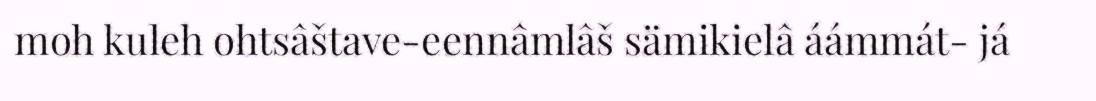
moh kuleh ohtsâštave-eennâmlâš sämikielâ áámmát- já